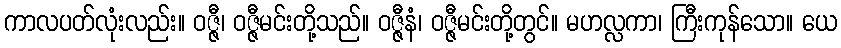
ကာလပတ်လုံးလည်း။ ဝဇ္ဇီ၊ ဝဇ္ဇီမင်းတို့သည်။ ဝဇ္ဇီနံ၊ ဝဇ္ဇီမင်းတို့တွင်။ မဟလ္လကာ၊ ကြီးကုန်သော။ ယေ